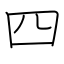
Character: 四